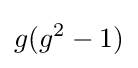
g(g^{2}-1)